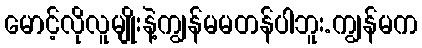
မောင့်လိုလူမျိုးနဲ့ကျွန်မမတန်ပါဘူး.ကျွန်မက